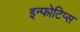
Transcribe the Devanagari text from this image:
इन्फोटिप्स